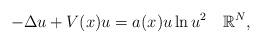
LaTeX: \begin{align*}-\Delta u+V(x)u= a(x)u\ln u^2 \ \ \ \mathbb{R}^N,\end{align*}